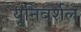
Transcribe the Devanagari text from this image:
यूनिवर्शल